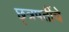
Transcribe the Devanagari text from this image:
छ्त्रपतींचे